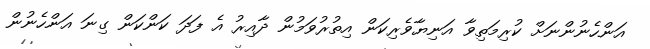
އަންހެނުންނަށް ކުރިމަތިވާ އަނިޔާވެރިކަން އިތުރުވަމުން ދާއިރު އެ ފަދަ ކަންކަން ގިނަ އަންހެނުން